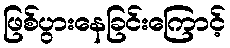
ဖြစ်ပွားနေခြင်းကြောင့်